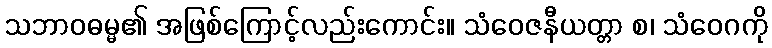
သဘာဝဓမ္မ၏ အဖြစ်ကြောင့်လည်းကောင်း။ သံဝေဇနီယတ္တာ စ၊ သံဝေဂကို